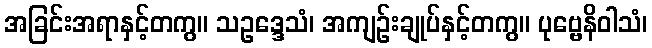
အခြင်းအရာနှင့်တကွ။ သဥဒ္ဒေသံ၊ အကျဉ်းချုပ်နှင့်တကွ။ ပုဗ္ဗေနိဝါသံ၊